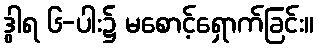
ဒွါရ ၆-ပါး၌ မစောင့်ရှောက်ခြင်း။